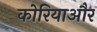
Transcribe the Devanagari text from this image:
कोरियाऔर